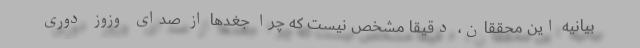
بیانیه این محققان، دقیقا مشخص نیست که چرا جغدها از صدای وزوز دوری